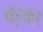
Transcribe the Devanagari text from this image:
चड़कर